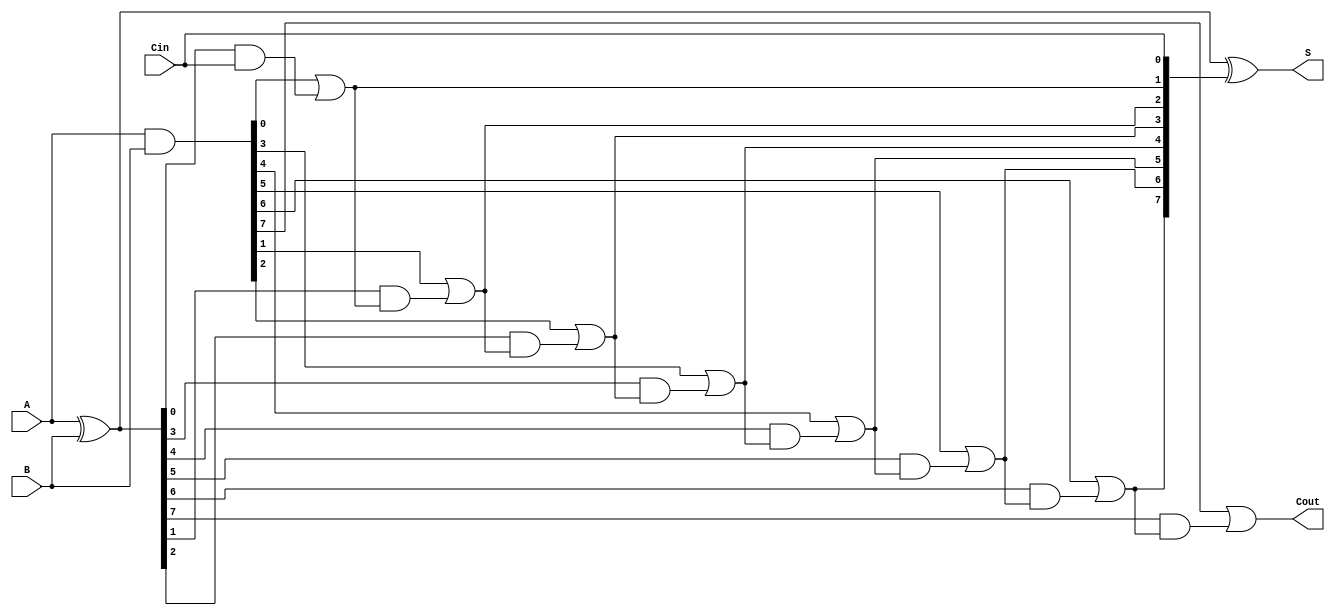
module SklanskyAdder #(parameter n = 8) (
    input  [n-1:0] A,      // First input
    input  [n-1:0] B,      // Second input
    input          Cin,     // Carry-in
    output [n-1:0] S,      // Sum output
    output         Cout     // Carry-out
);

    // Generate and Propagate signals
    wire [n-1:0] G; // Generate signals
    wire [n-1:0] P; // Propagate signals
    wire [n:0] C;   // Carry signals

    // Generate and Propagate computation
    assign G = A & B;          // G[i] = A[i] & B[i]
    assign P = A ^ B;          // P[i] = A[i] ^ B[i]

    // Carry computation
    assign C[0] = Cin;         // Initial carry-in
    assign C[1] = G[0] | (P[0] & Cin); // C[1] = G[0] + (P[0] & Cin)

    genvar i, j;
    generate
        // Stage 1: Compute carries for pairs of bits
        for (i = 1; i < n; i = i + 1) begin : stage1
            assign C[i + 1] = G[i] | (P[i] & C[i]);
        end

        // Stage 2 and beyond: Compute higher-order carries
        for (j = 2; j <= n; j = j + 1) begin : carry_tree
            for (i = 0; i < n - j + 1; i = i + 1) begin : carry_combination
                assign C[i + j] = G[i + j - 1] | (P[i + j - 1] & C[i + j - 1]);
            end
        end
    endgenerate

    // Sum calculation
    assign S = P ^ C[n-1:0]; // S[i] = P[i] ^ C[i]

    // Final carry-out
    assign Cout = C[n];

endmodule